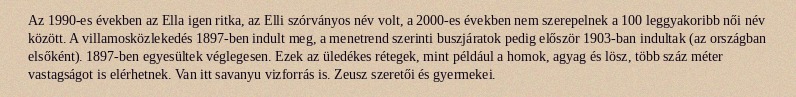
Az 1990-es években az Ella igen ritka, az Elli szórványos név volt, a 2000-es években nem szerepelnek a 100 leggyakoribb női név között. A villamosközlekedés 1897-ben indult meg, a menetrend szerinti buszjáratok pedig először 1903-ban indultak (az országban elsőként). 1897-ben egyesültek véglegesen. Ezek az üledékes rétegek, mint például a homok, agyag és lösz, több száz méter vastagságot is elérhetnek. Van itt savanyu vizforrás is. Zeusz szeretői és gyermekei.